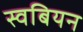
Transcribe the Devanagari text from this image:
स्वबियन